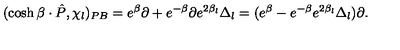
( \cosh \beta \cdot \hat { P } , \chi _ { l } ) _ { P B } = e ^ { \beta } \partial + e ^ { - \beta } \partial e ^ { 2 \beta _ { l } } \Delta _ { l } = ( e ^ { \beta } - e ^ { - \beta } e ^ { 2 \beta _ { l } } \Delta _ { l } ) \partial .